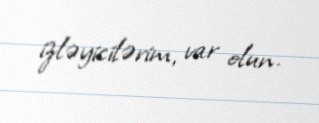
izləyicilərim, var olun.